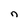
Character: n